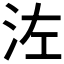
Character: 𣳇